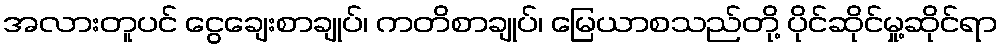
အလားတူပင် ငွေချေးစာချုပ်၊ ကတိစာချုပ်၊ မြေယာစသည်တို့ ပိုင်ဆိုင်မှု့ဆိုင်ရာ